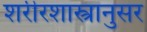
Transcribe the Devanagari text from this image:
शरीरशास्त्रानुसर